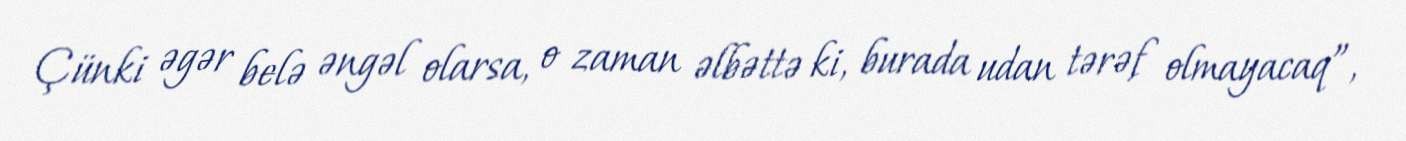
Çünki əgər belə əngəl olarsa, o zaman əlbəttə ki, burada udan tərəf olmayacaq”,